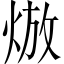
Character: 𤊦